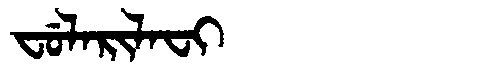
Manchu: ᠸᡠᠯᠠᡵᡳᠯᠠᠸᡳ
Romanization: FULARILAFI